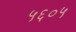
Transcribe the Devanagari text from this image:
५६०५